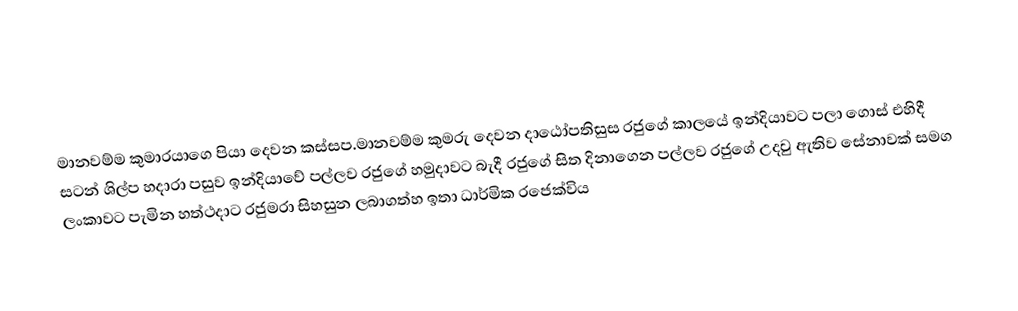
මානවම්ම කුමාරයාගෙ පියා දෙවන කස්සප.මානවම්ම කුමරු දෙවන දාඨෝපතිසුස රජුගේ කාලයේ ඉන්දියාවට පලා ගොස් එහිදී සටන් ශිල්ප හදාරා පසුව ඉන්දියාවේ පල්ලව රජුගේ හමුදාවට බැදී රජුගේ සිත දිනාගෙන පල්ලව රජුගේ උදවු ඇතිව සේනාවක් සමග ලංකාවට පැමින හත්ථදාට රජුමරා සිහසුන ලබාගත්හ ඉතා ධාර්මික රජෙක්විය